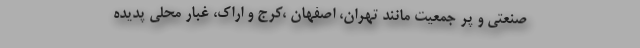
صنعتی و پر جمعیت مانند تهران، اصفهان ،کرج و اراک، غبار محلی پدیده